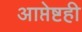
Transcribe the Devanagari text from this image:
आप्तेष्टही